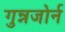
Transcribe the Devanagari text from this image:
गुन्नजोर्न